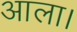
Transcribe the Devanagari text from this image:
आला।